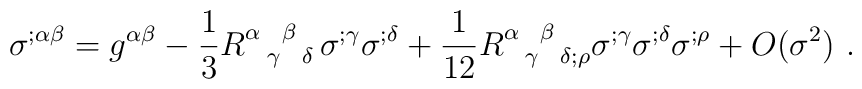
\sigma ^{;\alpha \beta}=g^{\alpha \beta}-\frac{1}{3}R^{\alpha ~~\beta~~}_{~~\gamma~~\delta}\sigma ^{;\gamma } \sigma ^{;\delta }+\frac{1}{12} R^{\alpha~~\beta~~}_{~~\gamma~~\delta;\rho }\sigma ^{;\gamma }\sigma ^{;\delta }\sigma^{;\rho}+O(\sigma^2)~.